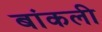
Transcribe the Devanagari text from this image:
बांकली